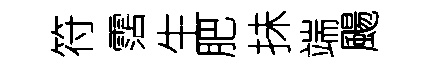
符霑生肥抺端颺